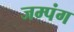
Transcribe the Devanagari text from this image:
जम्पंग